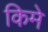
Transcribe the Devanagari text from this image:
किमे